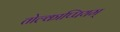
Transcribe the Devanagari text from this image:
तोल्काप्पियम्